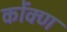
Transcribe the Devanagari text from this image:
कोंक्ण